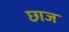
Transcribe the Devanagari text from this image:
छाज